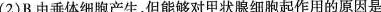
(2)B由垂体细胞产生，但能够对甲状腺细胞起作用的原因是